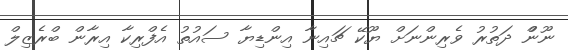
ނޫންް ދަތުރު ވެރިންނަށް ޔޫކޭ ޗައިނާ އިންޑިޔާ ސައުތު އެފްރިކާ އިރާން ބްރެޒިލް